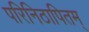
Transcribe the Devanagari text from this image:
परिनिठापितम्